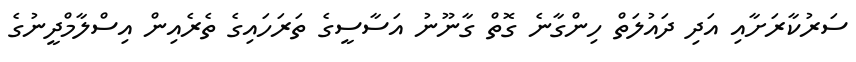
ސަރުކާރަށާއި އަދި ދައުލަތް ހިންގާނެ ގޮތް ގާނޫނު އަސާސީގެ ތަރަހައިގެ ތެރެއިން އިސްލާމްދީނުގެ